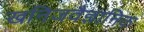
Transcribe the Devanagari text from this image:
खनिजवैज्ञानिक